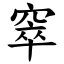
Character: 窣